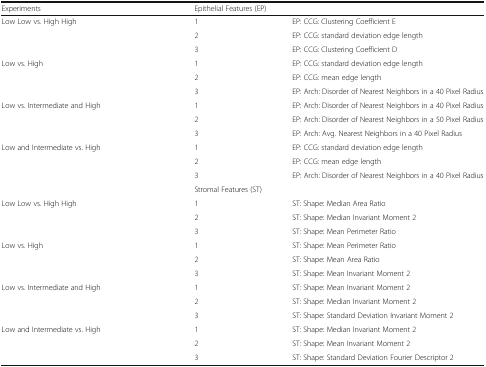
<table><thead><tr><td><b>Experiments</b></td><td colspan="2"><b>Epithelial Features (EP)</b></td></tr></thead><tbody><tr><td rowspan="3">Low Low vs. High High</td><td>1</td><td>EP: CCG: Clustering Coefficient E</td></tr><tr><td>2</td><td>EP: CCG: standard deviation edge length</td></tr><tr><td>3</td><td>EP: CCG: Clustering Coefficient D</td></tr><tr><td rowspan="3">Low vs. High</td><td>1</td><td>EP: CCG: standard deviation edge length</td></tr><tr><td>2</td><td>EP: CCG: mean edge length</td></tr><tr><td>3</td><td>EP: Arch: Disorder of Nearest Neighbors in a 40 Pixel Radius</td></tr><tr><td rowspan="3">Low vs. Intermediate and High</td><td>1</td><td>EP: Arch: Disorder of Nearest Neighbors in a 40 Pixel Radius</td></tr><tr><td>2</td><td>EP: Arch: Disorder of Nearest Neighbors in a 50 Pixel Radius</td></tr><tr><td>3</td><td>EP: Arch: Avg. Nearest Neighbors in a 40 Pixel Radius</td></tr><tr><td rowspan="3">Low and Intermediate vs. High</td><td>1</td><td>EP: CCG: standard deviation edge length</td></tr><tr><td>2</td><td>EP: CCG: mean edge length</td></tr><tr><td>3</td><td>EP: Arch: Disorder of Nearest Neighbors in a 40 Pixel Radius</td></tr><tr><td></td><td colspan="2">Stromal Features (ST)</td></tr><tr><td rowspan="3">Low Low vs. High High</td><td>1</td><td>ST: Shape: Median Area Ratio</td></tr><tr><td>2</td><td>ST: Shape: Median Invariant Moment 2</td></tr><tr><td>3</td><td>ST: Shape: Mean Perimeter Ratio</td></tr><tr><td rowspan="3">Low vs. High</td><td>1</td><td>ST: Shape: Mean Perimeter Ratio</td></tr><tr><td>2</td><td>ST: Shape: Mean Area Ratio</td></tr><tr><td>3</td><td>ST: Shape: Mean Invariant Moment 2</td></tr><tr><td rowspan="3">Low vs. Intermediate and High</td><td>1</td><td>ST: Shape: Mean Invariant Moment 2</td></tr><tr><td>2</td><td>ST: Shape: Median Invariant Moment 2</td></tr><tr><td>3</td><td>ST: Shape: Standard Deviation Invariant Moment 2</td></tr><tr><td rowspan="3">Low and Intermediate vs. High</td><td>1</td><td>ST: Shape: Median Invariant Moment 2</td></tr><tr><td>2</td><td>ST: Shape: Mean Invariant Moment 2</td></tr><tr><td>3</td><td>ST: Shape: Standard Deviation Fourier Descriptor 2</td></tr></tbody></table>